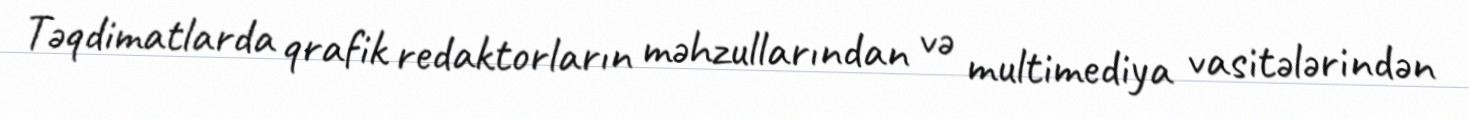
Təqdimatlarda qrafik redaktorların məhzullarından və multimediya vasitələrindən